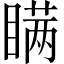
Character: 瞒